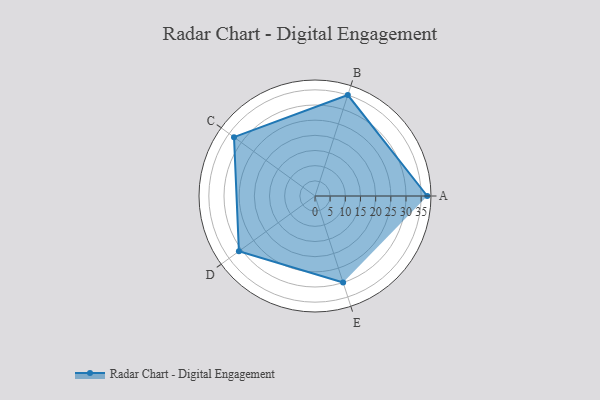
{"axis": {"x": "Skill", "y": "Score"}, "legend": ["Profile"], "data": [{"x": "A", "y": 37.0, "type": "Profile"}, {"x": "B", "y": 35.0, "type": "Profile"}, {"x": "C", "y": 33.0, "type": "Profile"}, {"x": "D", "y": 31.0, "type": "Profile"}, {"x": "E", "y": 30.0, "type": "Profile"}]}